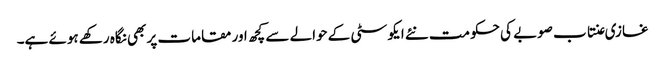
غازی عنتاب صوبے کی حکومت نئے ایکو سٹی کے حوالے سے کچھ اور مقامات پر بھی نگاہ رکھے ہوئے ہے۔